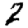
Digit: 2